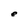
Character: e